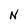
Character: N